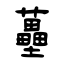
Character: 蘲